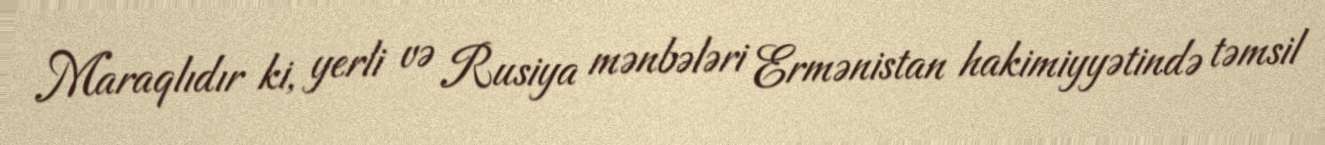
Maraqlıdır ki, yerli və Rusiya mənbələri Ermənistan hakimiyyətində təmsil